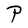
Character: P